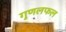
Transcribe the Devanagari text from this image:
गुणलफल